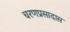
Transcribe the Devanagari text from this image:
चरणप्रसादास